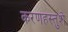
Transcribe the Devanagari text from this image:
करणहस्तुशे